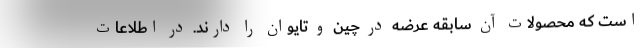
است که محصولات آن سابقه عرضه در چین و تایوان را دارند. در اطلاعات